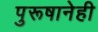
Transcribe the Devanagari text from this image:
पुरूषानेही